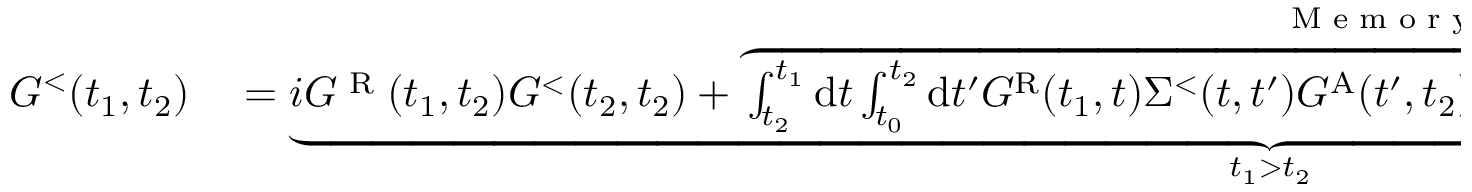
\begin{array} { r l } { G ^ { < } ( t _ { 1 } , t _ { 2 } ) } & { { } = \underbrace { i G ^ { \textrm { R } } ( t _ { 1 } , t _ { 2 } ) G ^ { < } ( t _ { 2 } , t _ { 2 } ) + \overbrace { \int _ { t _ { 2 } } ^ { t _ { 1 } } \mathrm { d } t \int _ { t _ { 0 } } ^ { t _ { 2 } } \mathrm { d } t ^ { \prime } G ^ { \mathrm { R } } ( t _ { 1 } , t ) \Sigma ^ { < } ( t , t ^ { \prime } ) G ^ { \mathrm { A } } ( t ^ { \prime } , t _ { 2 } ) + \int _ { t _ { 2 } } ^ { t _ { 1 } } \mathrm { d } t \int _ { t _ { 0 } } ^ { t _ { 2 } } \mathrm { d } t ^ { \prime } G ^ { \mathrm { R } } ( t _ { 1 } , t ) \Sigma ^ { \mathrm { R } } ( t , t ^ { \prime } ) G ^ { < } ( t ^ { \prime } , t _ { 2 } ) } ^ { \textrm { M e m o r y i n t e g r a l s } } } _ { t _ { 1 } > t _ { 2 } } } \end{array}